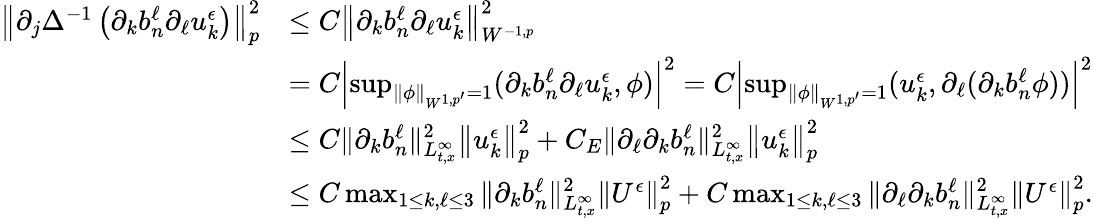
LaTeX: \begin{array}{rl}{\left\| \partial_{j}\Delta^{-1}\left(\partial_{k}b_{n}^{\ell}\partial_{\ell}u_{k}^{\epsilon}\right)\right\| _{p}^{2}}&{\leq C\left\| \partial_{k}b_{n}^{\ell}\partial_{\ell}u_{k}^{\epsilon}\right\| _{W^{-1,p}}^{2}}\\ &{=C\left|\operatorname*{sup}_{\| \phi\| _{W^{1,p^{\prime}}}=1}(\partial_{k}b_{n}^{\ell}\partial_{\ell}u_{k}^{\epsilon},\phi)\right|^{2}=C\left|\operatorname*{sup}_{\| \phi\| _{W^{1,p^{\prime}}}=1}(u_{k}^{\epsilon},\partial_{\ell}(\partial_{k}b_{n}^{\ell}\phi))\right|^{2}}\\ &{\leq C\| \partial_{k}b_{n}^{\ell}\| _{L_{t,x}^{\infty}}^{2}\left\| u_{k}^{\epsilon}\right\| _{p}^{2}+C_{E}\| \partial_{\ell}\partial_{k}b_{n}^{\ell}\| _{L_{t,x}^{\infty}}^{2}\left\| u_{k}^{\epsilon}\right\| _{p}^{2}}\\ &{\leq C\operatorname*{max}_{1\leq k,\ell\leq 3}\| \partial_{k}b_{n}^{\ell}\| _{L_{t,x}^{\infty}}^{2}\left\| U^{\epsilon}\right\| _{p}^{2}+C\operatorname*{max}_{1\leq k,\ell\leq 3}\| \partial_{\ell}\partial_{k}b_{n}^{\ell}\| _{L_{t,x}^{\infty}}^{2}\left\| U^{\epsilon}\right\| _{p}^{2}.}\end{array}